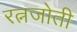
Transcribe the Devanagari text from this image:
रत्नजोती